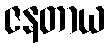
ဇနတာယ